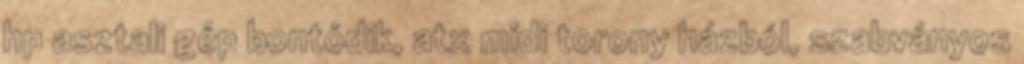
hp asztali gép bontódik, atx midi torony házból, szabványos